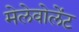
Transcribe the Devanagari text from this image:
मेलेवोलेंट